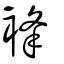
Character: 𧚋